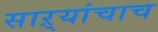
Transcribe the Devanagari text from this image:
साऱ्यांचाच